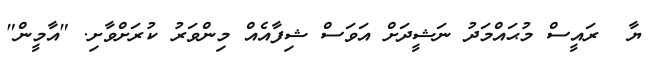
ޔާ  ރައީސް މުޙައްމަދު ނަޝީދަށް އަވަސް ޝިފާއެއް މިންވަރު ކުރަށްވާށި. "އާމީން"